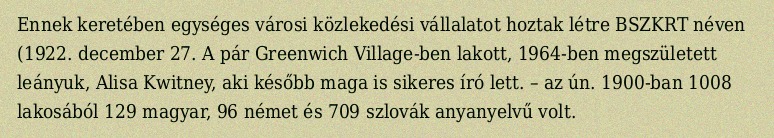
Ennek keretében egységes városi közlekedési vállalatot hoztak létre BSZKRT néven (1922. december 27. A pár Greenwich Village-ben lakott, 1964-ben megszületett leányuk, Alisa Kwitney, aki később maga is sikeres író lett. – az ún. 1900-ban 1008 lakosából 129 magyar, 96 német és 709 szlovák anyanyelvű volt.